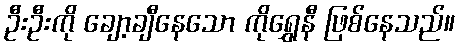
ဦးဦးကို ချော့ချီနေသော ကိုရွှေနီ ဖြစ်နေသည်။